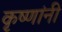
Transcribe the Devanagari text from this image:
कृष्णांनी